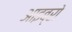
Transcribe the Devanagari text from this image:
आइब्रो